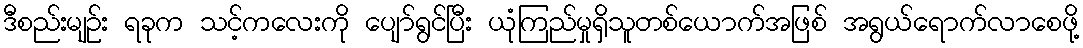
ဒီစည်းမျဉ်း ရခုက သင့်ကလေးကို ပျော်ရွင်ပြီး ယုံကြည်မှုရှိသူတစ်ယောက်အဖြစ် အရွယ်ရောက်လာစေဖို့